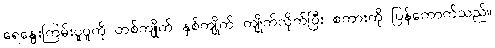
ရေနွေးကြမ်းပူပူကို တစ်ကျိုက် နှစ်ကျိုက် ကျိုက်လိုက်ပြီး စကားကို ပြန်ကောက်သည်။